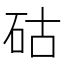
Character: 𥑮